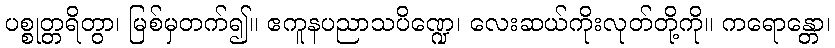
ပစ္စုတ္တရိတွာ၊ မြစ်မှတက်၍။ ဧကူနပညာသပိဏ္ဍေ၊ လေးဆယ်ကိုးလုတ်တို့ကို။ ကရောန္တော၊